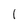
Character: 1